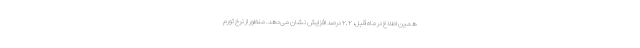
همین اطلاع در ماه قبل، ٢,٢ درصد افزایش نشان می‌دهد. منظور از نرخ تورم